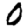
Digit: 0